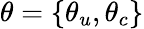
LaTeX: \theta=\{ \theta_{u},\theta_{c}\}